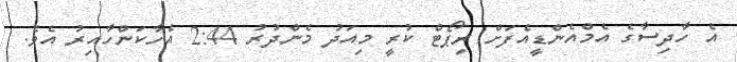
އެ ހާދިސާގެ އެމްއެންޑީއެފަށް ރިޕޯޓް ކުރީ މިއަދު މެންދުރު 2:44 އެހާކަންހާއިރު އެވެ.